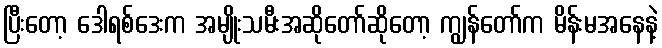
ပြီးတော့ ဒေါရစ်ဒေးက အမျိုးသမီးအဆိုတော်ဆိုတော့ ကျွန်တော်က မိန်းမအနေနဲ့